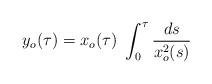
LaTeX: \begin{align*}y_{o}(\tau) = x_{o}(\tau) \ \int_{0}^{\tau} {{ds} \over {x_{o}^{2}(s)}}\end{align*}